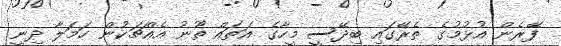
ފޭރެން އުޅުމުގެ ތެރޭގައި ބިދޭސީ މީހާގެ އަތައް ތޫނު އެއްޗަކުން ހަމަލާ ދިނީ